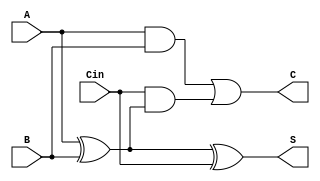
module somador (A, B, Cin, S, C);
input  A, B, Cin;
output S, C;
assign S = A ^ B ^ Cin;
assign C = ((A & B)|(Cin & (A ^ B)));
endmodule